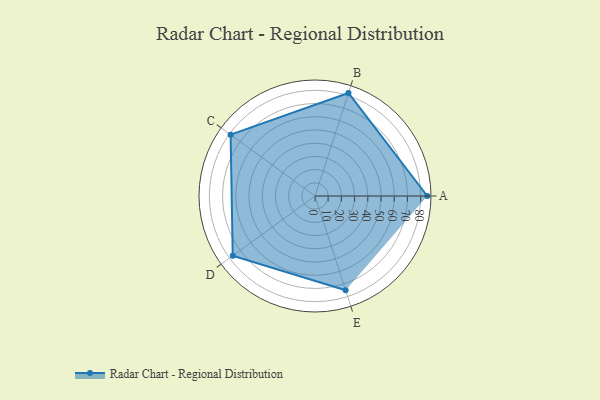
{"axis": {"x": "Skill", "y": "Score"}, "legend": ["Profile"], "data": [{"x": "A", "y": 85.0, "type": "Profile"}, {"x": "B", "y": 82.0, "type": "Profile"}, {"x": "C", "y": 79.0, "type": "Profile"}, {"x": "D", "y": 77.0, "type": "Profile"}, {"x": "E", "y": 75.0, "type": "Profile"}]}